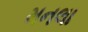
મનલા